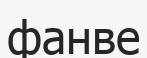
фанве